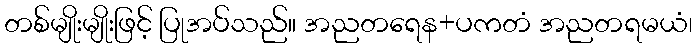
တစ်မျိုးမျိုးဖြင့် ပြုအပ်သည်။ အညတရေန+ပကတံ အညတရမယံ၊